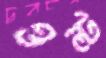
ওল্‌ট